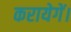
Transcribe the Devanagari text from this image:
करायेगें।